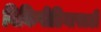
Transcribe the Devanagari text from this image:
विकिपीडियासाठी